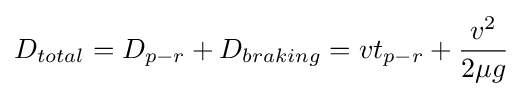
D_{total}=D_{p-r}+D_{braking}=vt_{p-r}+{\frac {v^{2}}{2\mu g}}